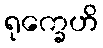
ရုက္ခေဟိ